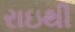
રાઇથી